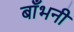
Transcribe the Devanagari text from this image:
बाँभनी